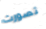
تصورت